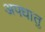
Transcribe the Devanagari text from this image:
अपधातु